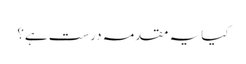
کیا یہ مقدمہ درست ہے؟